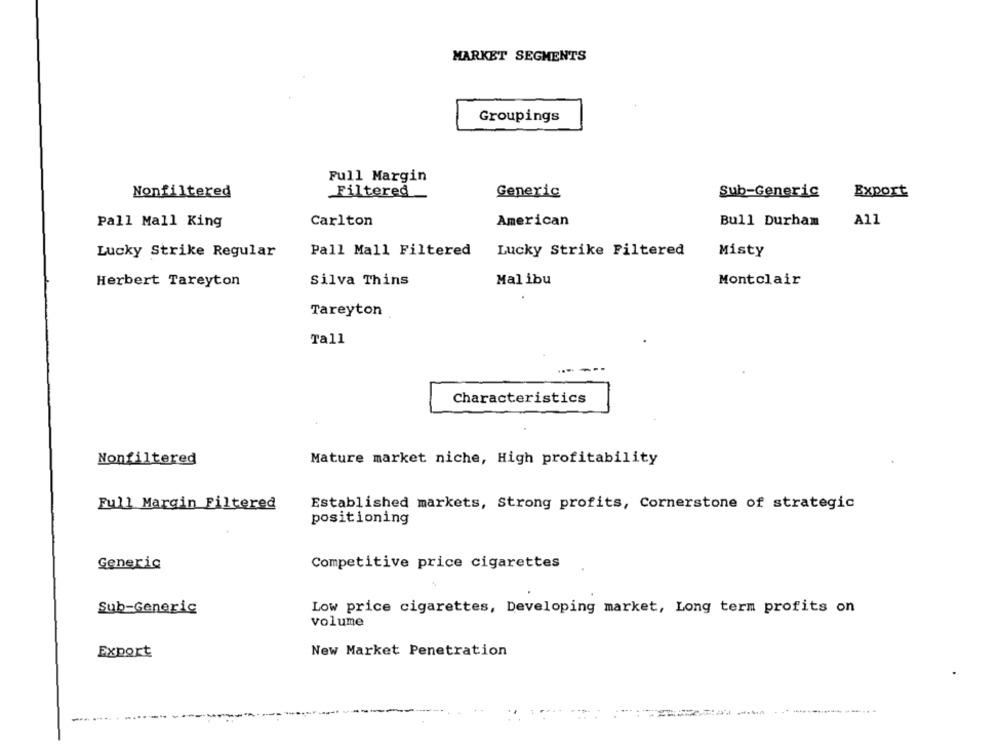
MARKET SEGMENTS
Groupings
Full Margin
Nonfiltered
Filtered
Generic
Sub-Generic
Export
Pall Mall King
Carlton
American
Bull Durham
A11
Lucky Strike Regular
Pall Mall Filtered
Lucky Strike Filtered
Misty
Herbert Tareyton
Silva Thins
Malibu
Montclair
Tareyton
Tall
Characteristics
Nonfiltered
Mature market niche, High profitability
Full Margin Filtered
Established markets, Strong profits, Cornerstone of strategic
positioning
Generic
Competitive price cigarettes
Sub-Generic
Low price cigarettes, Developing market, Long term profits on
volume
Export
New Market Penetration